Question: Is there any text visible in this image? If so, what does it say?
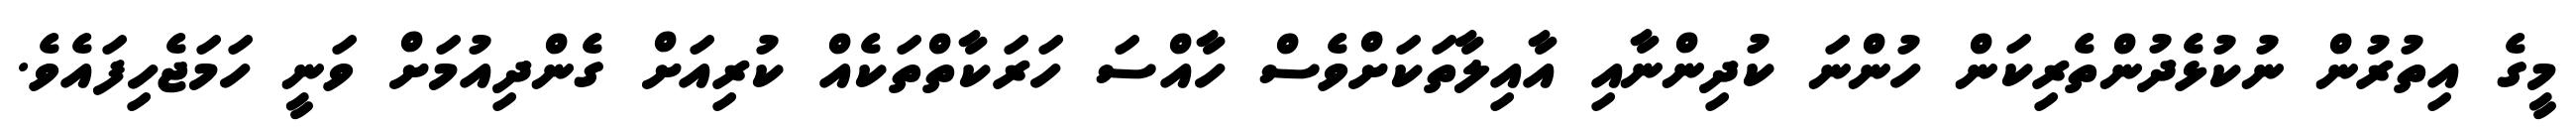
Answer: މީގެ އިތުރުން ނުކުޅެދުންތެރިކަން ހުންނަ ކުދިންނާއި އާއިލާތަކަށްވެސް ހާއްސަ ހަރަކާތްތަކެއް ކުރިއަށް ގެންދިއުމަށް ވަނީ ހަމަޖެހިފައެވެ.